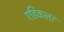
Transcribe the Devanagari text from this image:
एडिकलर